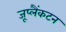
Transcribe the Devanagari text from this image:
जूप्लैंकटन